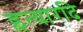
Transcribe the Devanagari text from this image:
इत्यारदि